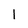
Character: l